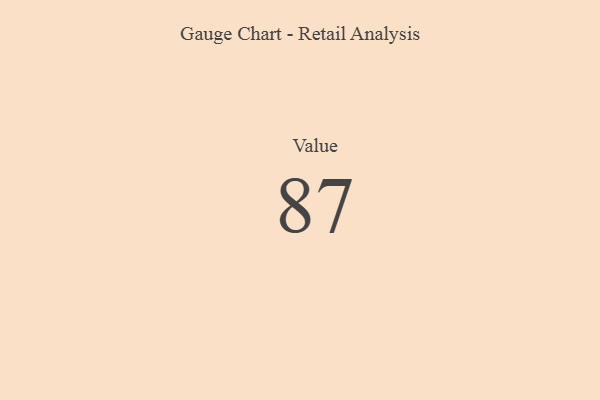
{"axis": {"x": "Metric", "y": "Value"}, "legend": [""], "data": [{"x": "Value", "y": 87, "type": ""}]}